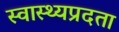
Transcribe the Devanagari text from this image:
स्वास्थ्यप्रदता